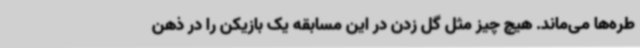
طره‌ها می‌ماند. هیچ چیز مثل گل زدن در این مسابقه یک بازیکن را در ذهن